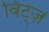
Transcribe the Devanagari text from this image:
विट्ज़